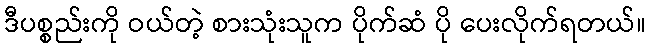
ဒီပစ္စည်းကို ဝယ်တဲ့ စားသုံးသူက ပိုက်ဆံ ပို ပေးလိုက်ရတယ်။